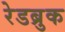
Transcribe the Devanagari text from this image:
रेडब्रुक